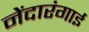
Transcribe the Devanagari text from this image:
नेंदारंगाई